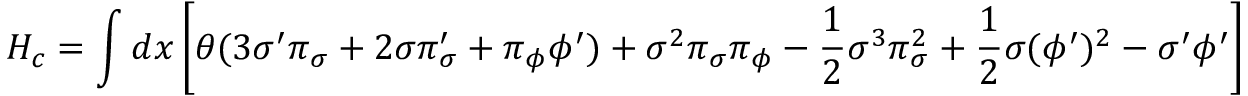
H _ { c } = \int d x \left[ \theta ( 3 { \sigma } ^ { \prime } { \pi } _ { \sigma } + 2 \sigma { \pi } _ { \sigma } ^ { \prime } + { \pi } _ { \phi } { \phi } ^ { \prime } ) + { \sigma } ^ { 2 } { \pi } _ { \sigma } { \pi } _ { \phi } - { \frac 1 2 } { \sigma } ^ { 3 } { \pi } _ { \sigma } ^ { 2 } + { \frac 1 2 } \sigma ( { \phi } ^ { \prime } ) ^ { 2 } - { \sigma } ^ { \prime } { \phi } ^ { \prime } \right]